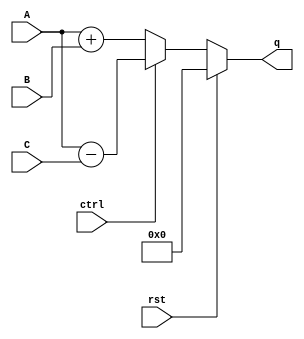
`timescale 1ns / 1ps
//////////////////////////////////////////////////////////////////////////////////
// Company: 
// Engineer: 
// 
// Design Name: 
// Module Name: CCTA
// Project Name: 
// Target Devices: 
// Tool Versions: 
// Description: 
// 
// Dependencies: 
// 
// Revision:
// Revision 0.01 - File Created
// Additional Comments:
// 
//////////////////////////////////////////////////////////////////////////////////


module CCTA(
    input [3:0] A,
    input [3:0] B,
    input [3:0] C,
    input rst,
    input ctrl,
    output reg [4:0] q
);

    always @(A, B, C, ctrl, rst) 
    begin
        if (rst) begin
            q <= 5'b0;
        end 
        
        else if (ctrl == 0) begin
            q <= A + B;
        end
        
        else begin
            q <= A - C;
        end
    end

endmodule